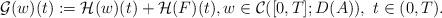
LaTeX: \begin{align*}\mathcal G(w)(t):=\mathcal H(w)(t)+\mathcal H(F)(t),w\in\mathcal C([0,T]; D(A)),\ t\in(0,T).\end{align*}